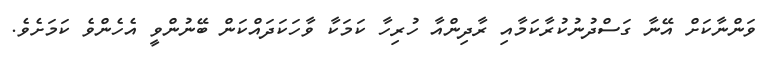
ވަންނާކަށް އޭނާ ގަސްދުނުކުރާކަމާއި ރާދިންއާ ހުރިހާ ކަމަކާ ވާހަކަދައްކަން ބޭނުންވީ އެހެންވެ ކަމަށެވެ.